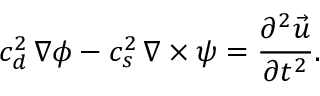
c _ { d } ^ { 2 } \, \nabla \phi - c _ { s } ^ { 2 } \, \nabla \times \boldsymbol { \psi } = \frac { \partial ^ { 2 } \vec { u } } { \partial t ^ { 2 } } .